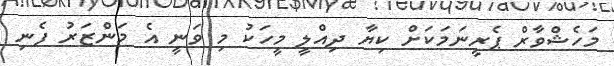
މަހެޝްވާރް ޕެރީނަމަކަށް ކިޔާ ދިއްލީ މީހަކު މި ވަނީ އެ މަންޒަރު ފެނި